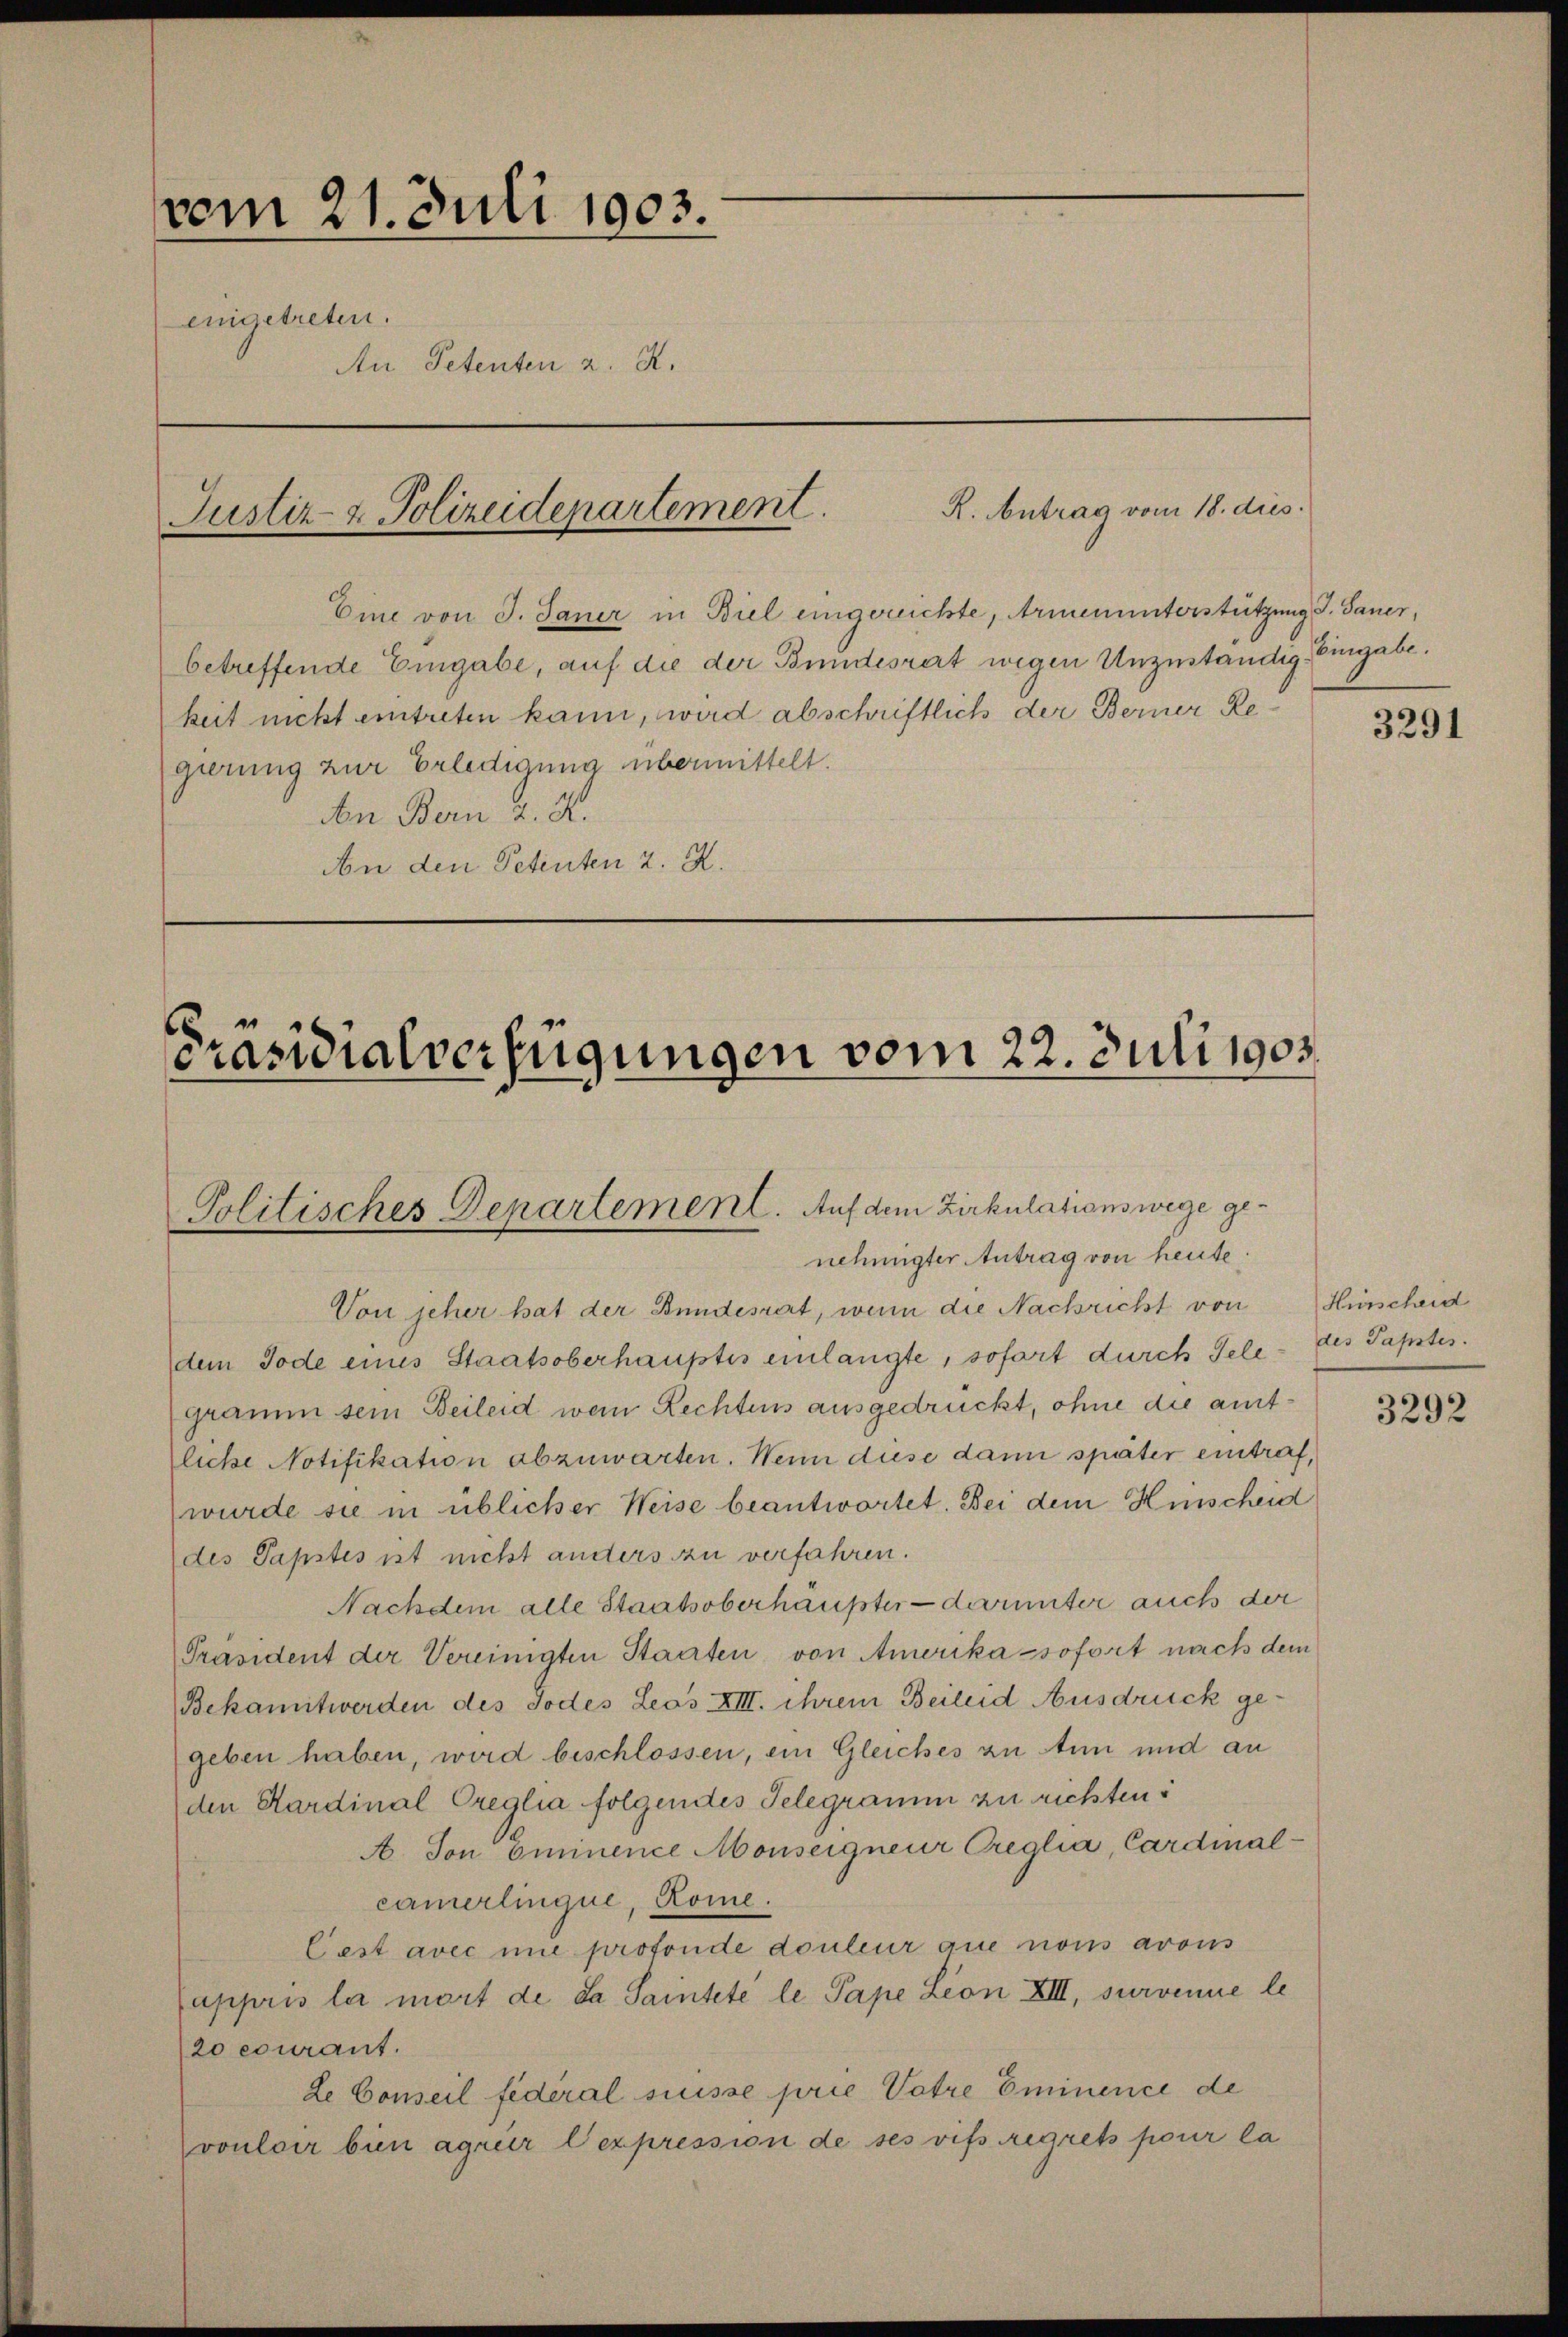
vom 21. Juli 1903.
eingetreten.
An Petenten z. R.

Justiz- & Polizeidepartement.

Eine von J. Janer in Biel eingereichte, Armenunterstützung d. Sauer,
betreffende Eingabe, auf die der Bundesret wegen Unzuständig Eingabe.
keit nicht eintreten kann, wird abschriftlich der Berner Regierung zur Erledigung übermittelt.
An Bern d. 2.
An den Petenten 2. K.

R. Antrag vom 18. dies

Präsidialverfügungen vom 22. Juli 1905.

Politisches Departement. Auf dem Zirkulationswege genehmigter Antrag von heute:

Von jeher hat der Bundessert, wenn die Nachricht von
de Tode eines Staatsoberhauptes einlangte, sofort durch Tele
gramm sein Beileid wem Rechtens ausgedrückt, ohne die amtliche Notifikation abzuwarten. Wenn diese dann später eintraf,
wurde sie in üblicher Weise beantwortet. Bei dem Hinscheid
des Papstes ist nicht anders zu verfahren.
Nachdem alle Staatsoberhaupter - darunter auch der
Präsident der Vereinigten Staaten von Amerika-sofort nach dem
Bekanntwerden des Todes Leos XIII. ihrem Beileid Ausdruck gegeben haben, wird beschlossen, ein Gleiches zu Ann und an
den Kardinal Creglia folgendes Telegramm zu richten:
A. Son Eminence Monseigneur Creglia, Cardinalcamerlinque, Rome.
lest avec une profonde douleur aue nous avous
appris la mort de da Saintete le Pape Leon XIII, survenue le
20 courant.
de Conseil fédéral suisse prie Vatre Eminence de
vouloir bien agrir l’expression de ses vifs regrets pour la

3291

Hünscheid
des Papstes.

3292